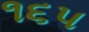
૧૬પ